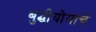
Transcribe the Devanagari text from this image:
बुद्धीयोगाचे